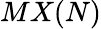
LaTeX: MX(N)